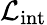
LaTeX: {\cal L}_{\mathrm{int}}